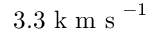
3 . 3 \mathrm { ~ k ~ m ~ s ~ } ^ { - 1 }